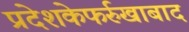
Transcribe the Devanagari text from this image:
प्रदेशकेफर्रुखाबाद